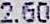
2.60